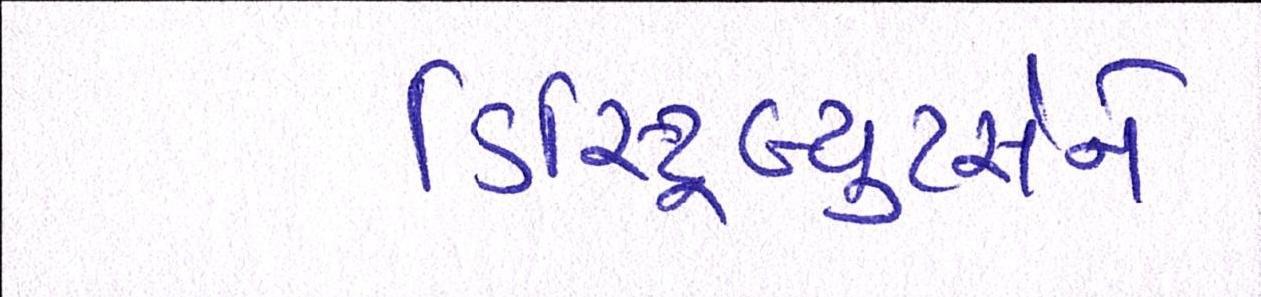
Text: ડિસ્ટ્રિબ્યુટર્સને